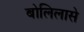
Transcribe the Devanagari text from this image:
बोलिलासे